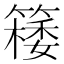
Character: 𥴟